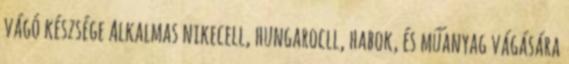
vágó készsége Alkalmas nikecell, hungarocll, habok, és műanyag vágására